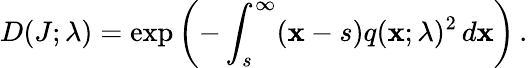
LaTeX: D(J;\lambda)=\exp\left(-\int_{s}^{\infty}(\mathbf{x}-s)q(\mathbf{x};\lambda)^{2}\, d\mathbf{x}\right)\, .